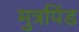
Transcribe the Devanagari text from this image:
मुत्रपिंड